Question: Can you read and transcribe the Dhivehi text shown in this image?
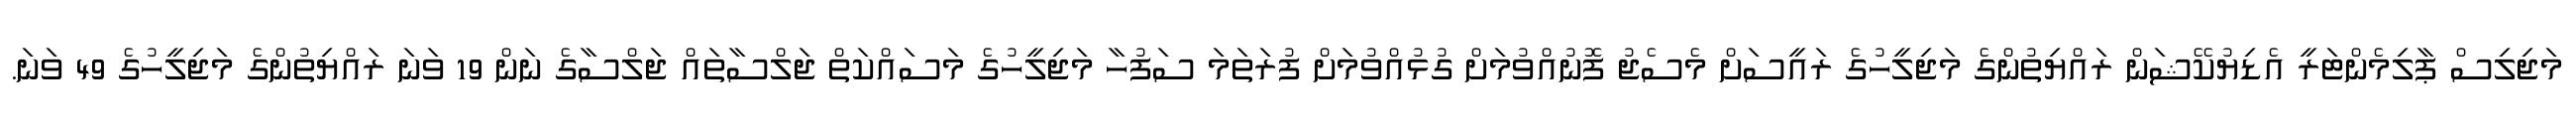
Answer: މަޖިލިސް ޕާލިމެންޓަރީ އެޑިޔުކޭޝަން ރައްޔިތުންގެ މަޖިލީހުގެ ރައީސަށް މެސެޖު ފޮނުއްވުމަށް ގުޅުއްވުމަށް ފުރަތަމަ ސަފުހާ މަޖިލީހުގެ މަސައްކަތް ޖަލްސާތައް ޖަލްސާގެ ނަން 19 ވަނަ ރައްޔިތުންގެ މަޖިލީހުގެ 49 ވަނަ.